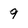
Character: 9